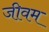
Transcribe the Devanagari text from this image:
जीवम